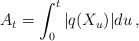
\begin{align*}A_t=\int_0^t |q(X_u)|du \,,\end{align*}